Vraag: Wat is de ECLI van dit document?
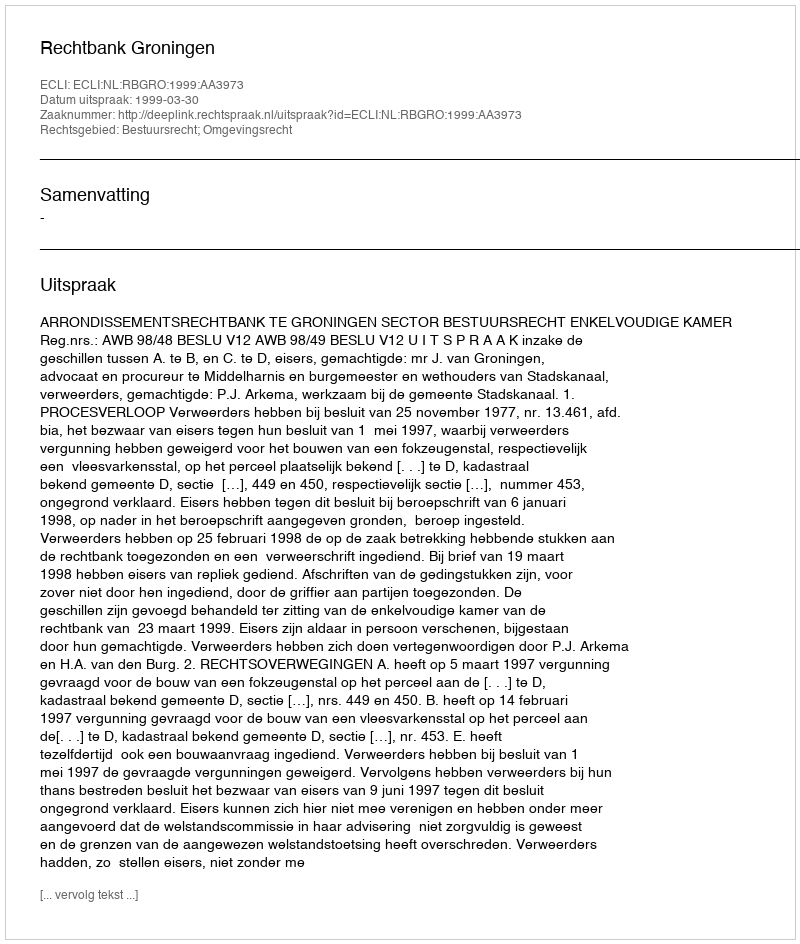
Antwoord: ECLI:NL:RBGRO:1999:AA3973